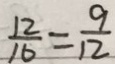
\frac { 1 2 } { 1 6 } = \frac { 9 } { 1 2 }